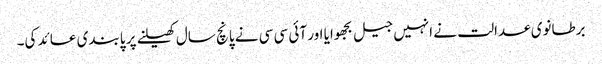
برطانوی عدالت نے انہیں جیل بجھوایا اور آئی سی سی نے پانچ سال کھیلنے پر پابندی عائد کی۔